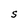
Character: S